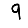
Digit: 9